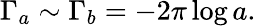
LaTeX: \Gamma_{a}\sim\Gamma_{b}=-2\pi\log a.